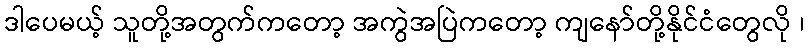
ဒါပေမယ့် သူတို့အတွက်ကတော့ အကွဲအပြဲကတော့ ကျနော်တို့နိုင်ငံတွေလို ၊